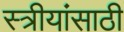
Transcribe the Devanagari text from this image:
स्त्रीयांसाठी